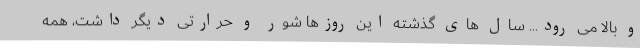
و بالا می رود... سال های گذشته این روزها شور و حرارتی دیگر داشت، همه